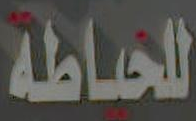
للخياطة